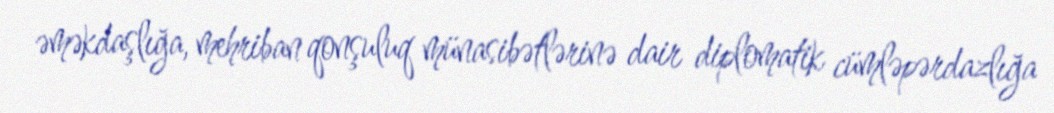
əməkdaşlığa, mehriban qonşuluq münasibətlərinə dair diplomatik cümləpərdazlığa